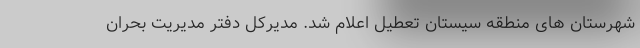
شهرستان های منطقه سیستان تعطیل اعلام شد. مدیرکل دفتر مدیریت بحران